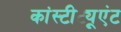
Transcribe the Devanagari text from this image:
कांस्टीट्यूएंट